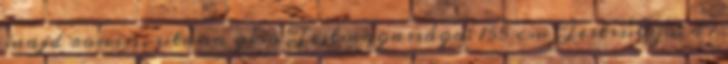
majd ronin, utána gésa Testmagassága: 155 cm Testsúlya: 47